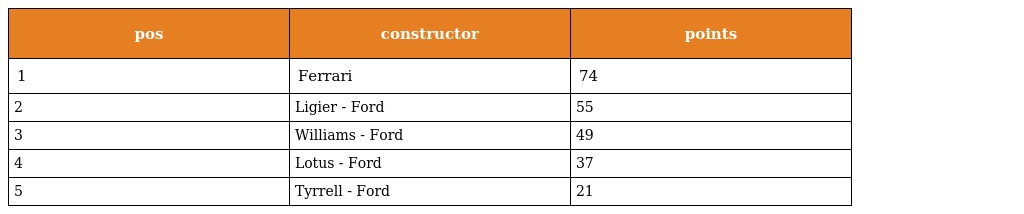
| pos | constructor | points |
 | --- | --- | --- |
 | 1 | Ferrari | 74 |
 | 2 | Ligier - Ford | 55 |
 | 3 | Williams - Ford | 49 |
 | 4 | Lotus - Ford | 37 |
 | 5 | Tyrrell - Ford | 21 |